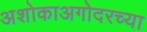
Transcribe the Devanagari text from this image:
अशोकाअगोदरच्या